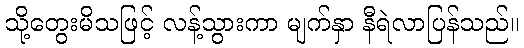
သို့တွေးမိသဖြင့် လန့်သွားကာ မျက်နှာ နီရဲလာပြန်သည်။